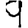
Digit: 9